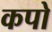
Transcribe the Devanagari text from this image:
कपो